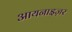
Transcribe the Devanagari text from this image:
आयनाइज़र